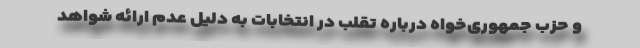
و حزب جمهوری‌خواه درباره تقلب در انتخابات به دلیل عدم ارائه شواهد